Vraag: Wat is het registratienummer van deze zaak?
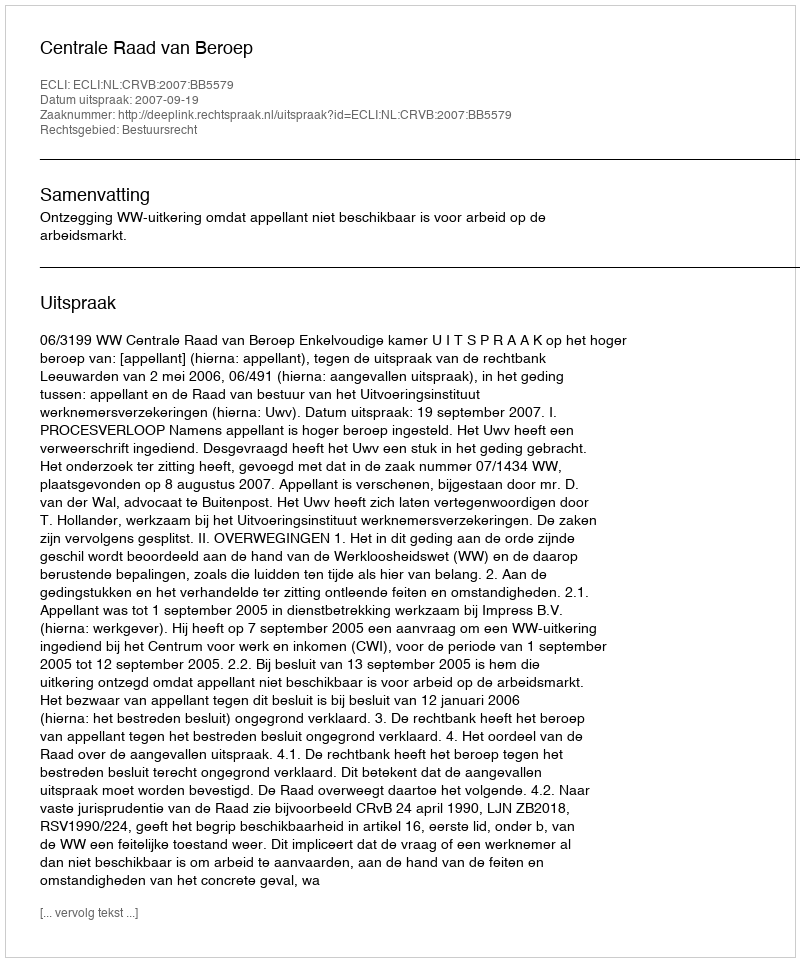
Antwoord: http://deeplink.rechtspraak.nl/uitspraak?id=ECLI:NL:CRVB:2007:BB5579